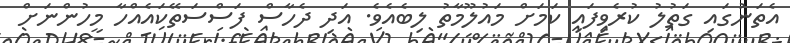
އެތަނުގައި ގަތުލު ކުރެވިފައި ކަމަށް މައުލޫމާތު ލިބެއެވެ. އަދި ދެހާސް ފަސްސަތޭކައެއްހާ މީހުންނަށް